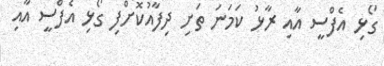
ގޯޅި އެފްސީ އާއި ރާޅު ކަމަނަ ތަށި ދިފާއުކޮށްފި ގޯޅި އެފްސީ އާއި